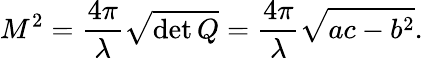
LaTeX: M^{2}=\frac{4\pi}{\lambda}\sqrt{\operatorname*{det}Q}=\frac{4\pi}{\lambda}\sqrt{ac-b^{2}}.